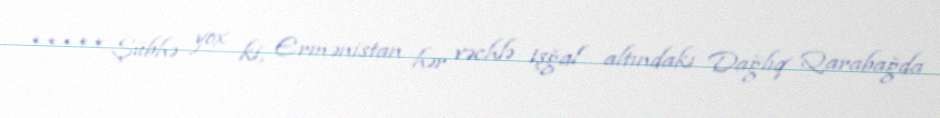
***** Şübhə yox ki, Ermənistan hər vəchlə işğal altındakı Dağlıq Qarabağda